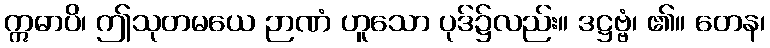
ဣဓာပိ၊ ဤသုတမယေ ဉာဏံ ဟူသော ပုဒ်၌လည်း။ ဒဋ္ဌဗ္ဗံ၊ ၏။ တေန၊